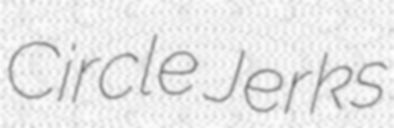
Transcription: Circle Jerks